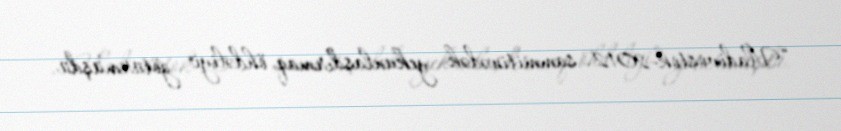
“Vladivostok-2012" sammitinədək yekunlaşdırmaq öhdəliyi götürmüşdü.